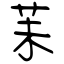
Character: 苿